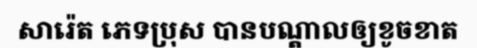
សារ៉េត ភេទប្រុស បានបណ្តាលឲ្យខូចខាត